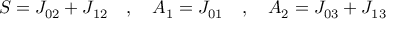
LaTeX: S = J _ { 0 2 } + J _ { 1 2 } \quad , \quad A _ { 1 } = J _ { 0 1 } \quad , \quad A _ { 2 } = J _ { 0 3 } + J _ { 1 3 }